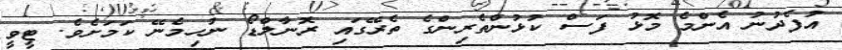
އުފެދުނު އެންމެ މޮޅު ފަސް ކުޅުންތެރިންގެ ތެރޭގައި ރޮނާލްޑޯ ނުހިމެނޭ ކަމަށެވެ. ޓީވީ